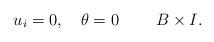
LaTeX: \begin{align*}\begin{aligned} & u_{i}=0,\quad\theta=0\qquad\;B\times I.\end{aligned}\end{align*}